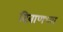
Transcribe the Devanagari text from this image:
दिवाणच्या